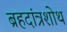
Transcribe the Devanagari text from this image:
ब्रहदांत्रशोथ